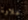
علاوة